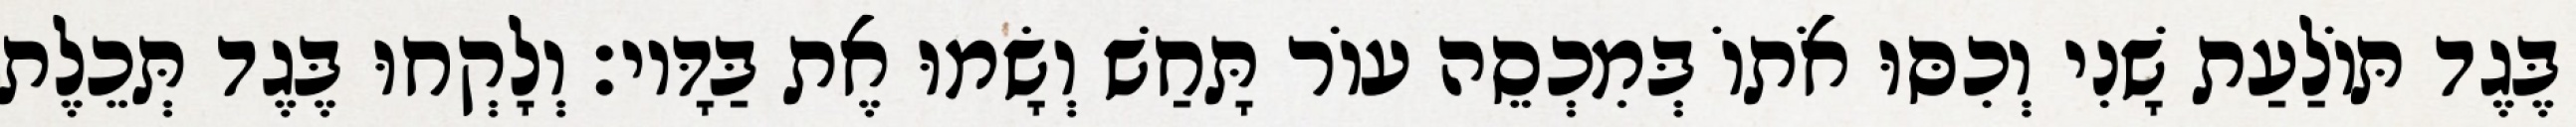
בֶּגֶד תּוֹלַעַת שָׁנִי וְכִסּוּ אֹתוֹ בְּמִכְסֵה עוֹר תָּחַשׁ וְשָׂמוּ אֶת בַּדָּיו׃ וְלָקְחוּ בֶּגֶד תְּכֵלֶת